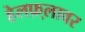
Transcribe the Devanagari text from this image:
हेलफ़्लावर